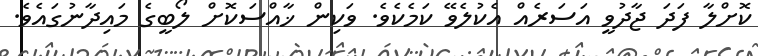
ކޮށްލާ ފަދަ ޖާދުވީ އަސަރެއް އެކުލެވޭ ކަމެކެވެ. ވަކިން ޚާއްސަކޮށް ލޯބީގެ މައިދާނުގައެވެ.